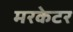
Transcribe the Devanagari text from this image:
मरकेटर